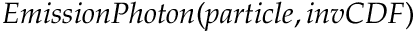
E m i s s i o n P h o t o n ( p a r t i c l e , i n v C D F )